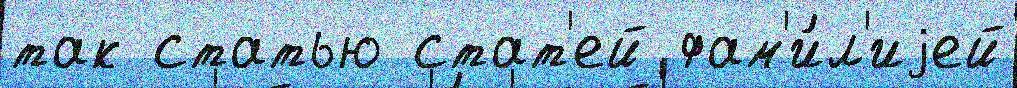
так статью стат'ей фам'и́л'иjей